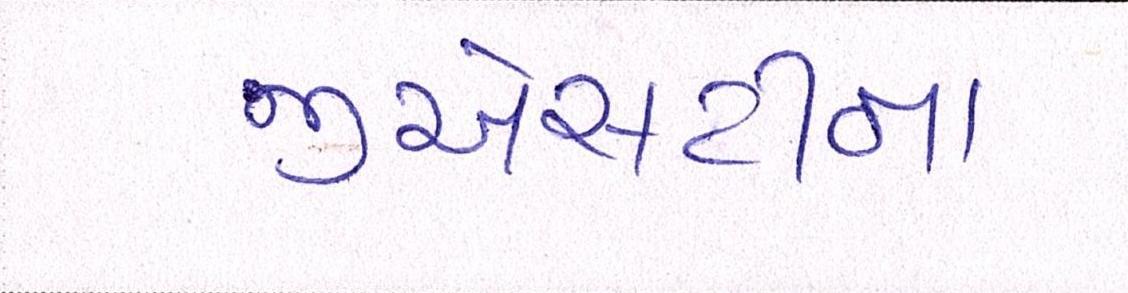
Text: જીએસટીના